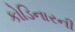
કોડિનારની